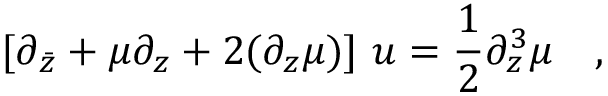
[ \partial _ { \bar { z } } + { \mu } \partial _ { z } + 2 ( \partial _ { z } { \mu } ) ] ~ u = { \frac { 1 } { 2 } } \partial _ { z } ^ { 3 } { \mu } \quad ,